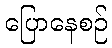
ပြောနေစဉ်